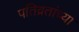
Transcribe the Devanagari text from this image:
पतिव्रतांच्या